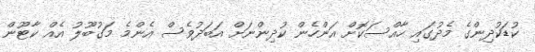
ކުޑަކުދިންގެ މެދުގައި ހާއްސަކޮށް އަންހެން ކުދިންނަށް އަބަދުވެސް އެންމެ މަގުބޫލު އެއް ކާޓޫން